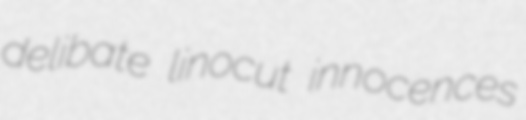
delibate linocut innocences